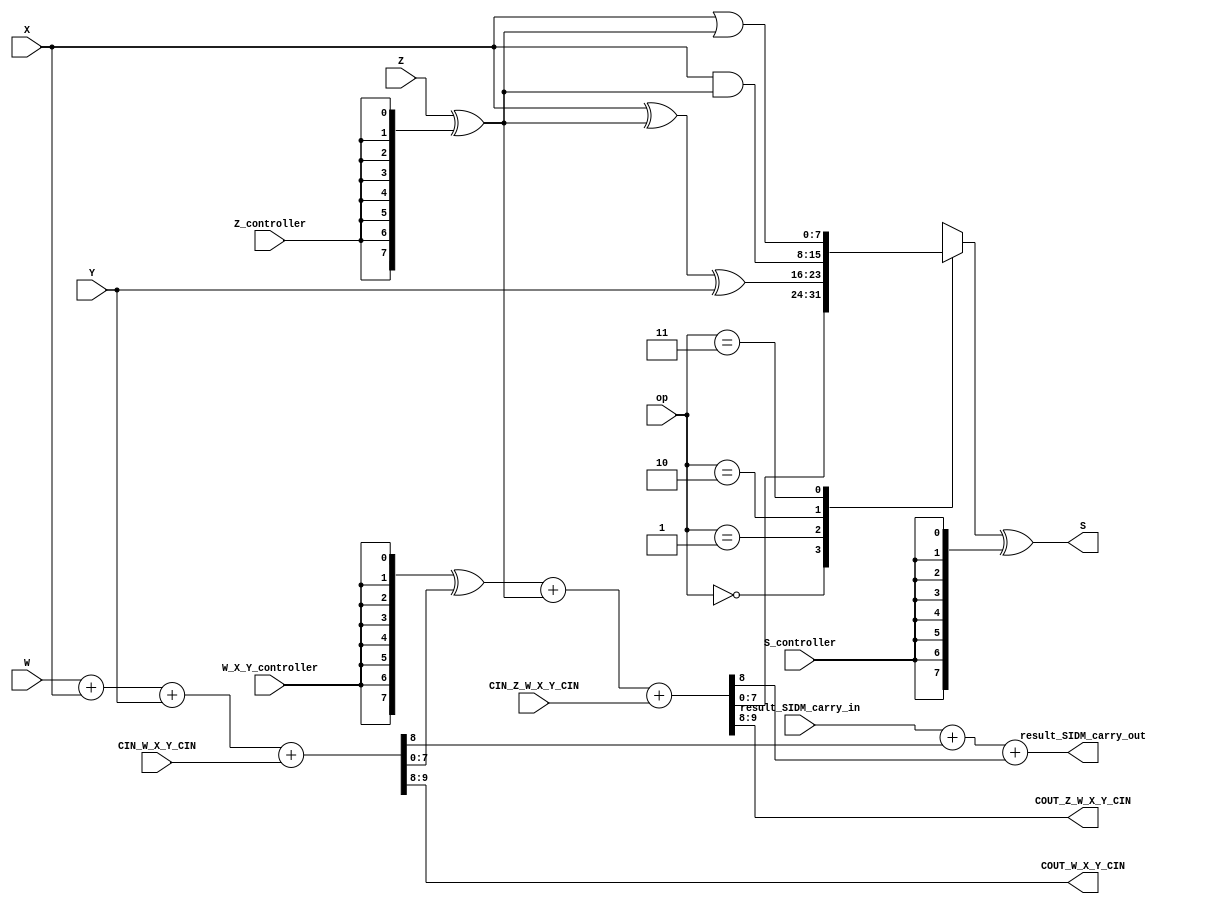
module ALU_SIMD_Width_parameterized_HighLevelDescribed_auto(

		input [Width-1:0] W,
		input [Width-1:0] Z,
		input [Width-1:0] Y,
		input [Width-1:0] X,

		input [1:0] op,
		input Z_controller,
		input S_controller,
		input W_X_Y_controller,
		input [1:0] CIN_W_X_Y_CIN,
		input [1:0] CIN_Z_W_X_Y_CIN,

		output [Width-1:0] S,

		output [1:0] COUT_W_X_Y_CIN,
		output [1:0] COUT_Z_W_X_Y_CIN,

		input [0:0] result_SIDM_carry_in,
		output [0:0] result_SIDM_carry_out
	);

//parameters
parameter Width = 8;

// controllable not
wire [11:0] Z_Z_bar;
assign Z_Z_bar 	= Z ^ {Width{Z_controller}};

// logical part
wire [Width-1:0] out_and;
wire [Width-1:0] out_or;
wire [Width-1:0] out_xor;
assign out_and 	= X & Z_Z_bar;
assign out_or   = X | Z_Z_bar;
assign out_xor 	= X ^ Z_Z_bar ^ Y;

//computations
wire [Width-1:0] temp_W_X_Y;
assign {{COUT_W_X_Y_CIN}, {temp_W_X_Y}} = W + X + Y + CIN_W_X_Y_CIN;

wire [Width-1:0] temp_W_X_Y_xored;
assign temp_W_X_Y_xored = {12{W_X_Y_controller}} ^  temp_W_X_Y;

wire [Width-1:0] S_temp_sum;
assign {{COUT_Z_W_X_Y_CIN},{S_temp_sum}} = temp_W_X_Y_xored + Z_Z_bar + CIN_Z_W_X_Y_CIN;

assign result_SIDM_carry_out = result_SIDM_carry_in + COUT_W_X_Y_CIN + COUT_Z_W_X_Y_CIN;

reg [Width-1:0] S_temp_selected;

always@(*)begin
	case (op)
		2'b00: S_temp_selected = S_temp_sum;
		2'b01: S_temp_selected = out_xor;
		2'b10: S_temp_selected = out_and;
		2'b11: S_temp_selected = out_or;
	endcase
end

assign S = S_temp_selected ^ {Width{S_controller}};

endmodule